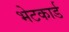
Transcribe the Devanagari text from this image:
भेटकार्ड